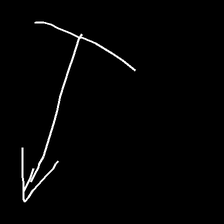
Glyph: levitation